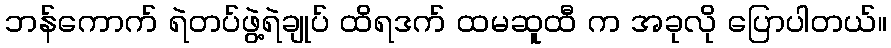
ဘန်ကောက် ရဲတပ်ဖွဲ့ရဲချုပ် ထိရဒက် ထမဆူထီ က အခုလို ပြောပါတယ်။